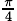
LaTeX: \scriptstyle{\frac{\pi}{4}}